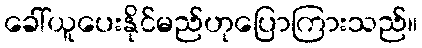
ခေါ်ယူပေးနိုင်မည်ဟုပြောကြားသည်။